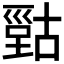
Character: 𰈫